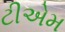
ટીએમ